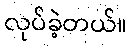
လုပ်ခဲ့တယ်။